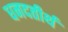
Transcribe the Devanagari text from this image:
धनदतीर्थ